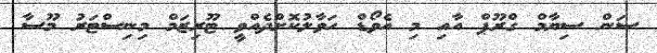
ސަން ސިޔާމް ގްރޫޕް އާއި މި އެވޯޑް ހަވާލުކޮށްދެއްވީ ޓޫރިޒަަމް މިނިސްޓަރު މޫސާ